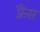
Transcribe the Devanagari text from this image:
फ़्रैंस